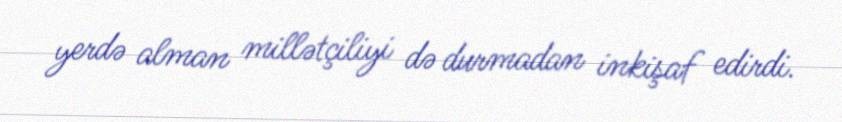
yerdə alman millətçiliyi də durmadan inkişaf edirdi.